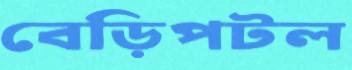
বেড়িপটল